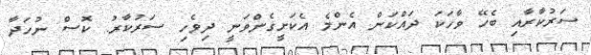
ސަރުކާރާއި ބެހޭ ވާހަކަ ދައްކަން އެންމެ އެކަށީގެންވަނީ ދިވެހި ސަރުކާރު. ކޮސް ނުހަދާ